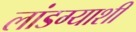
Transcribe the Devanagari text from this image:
लांडग्याशी